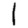
Digit: 1